Rae_vallavalitsus, lk 169
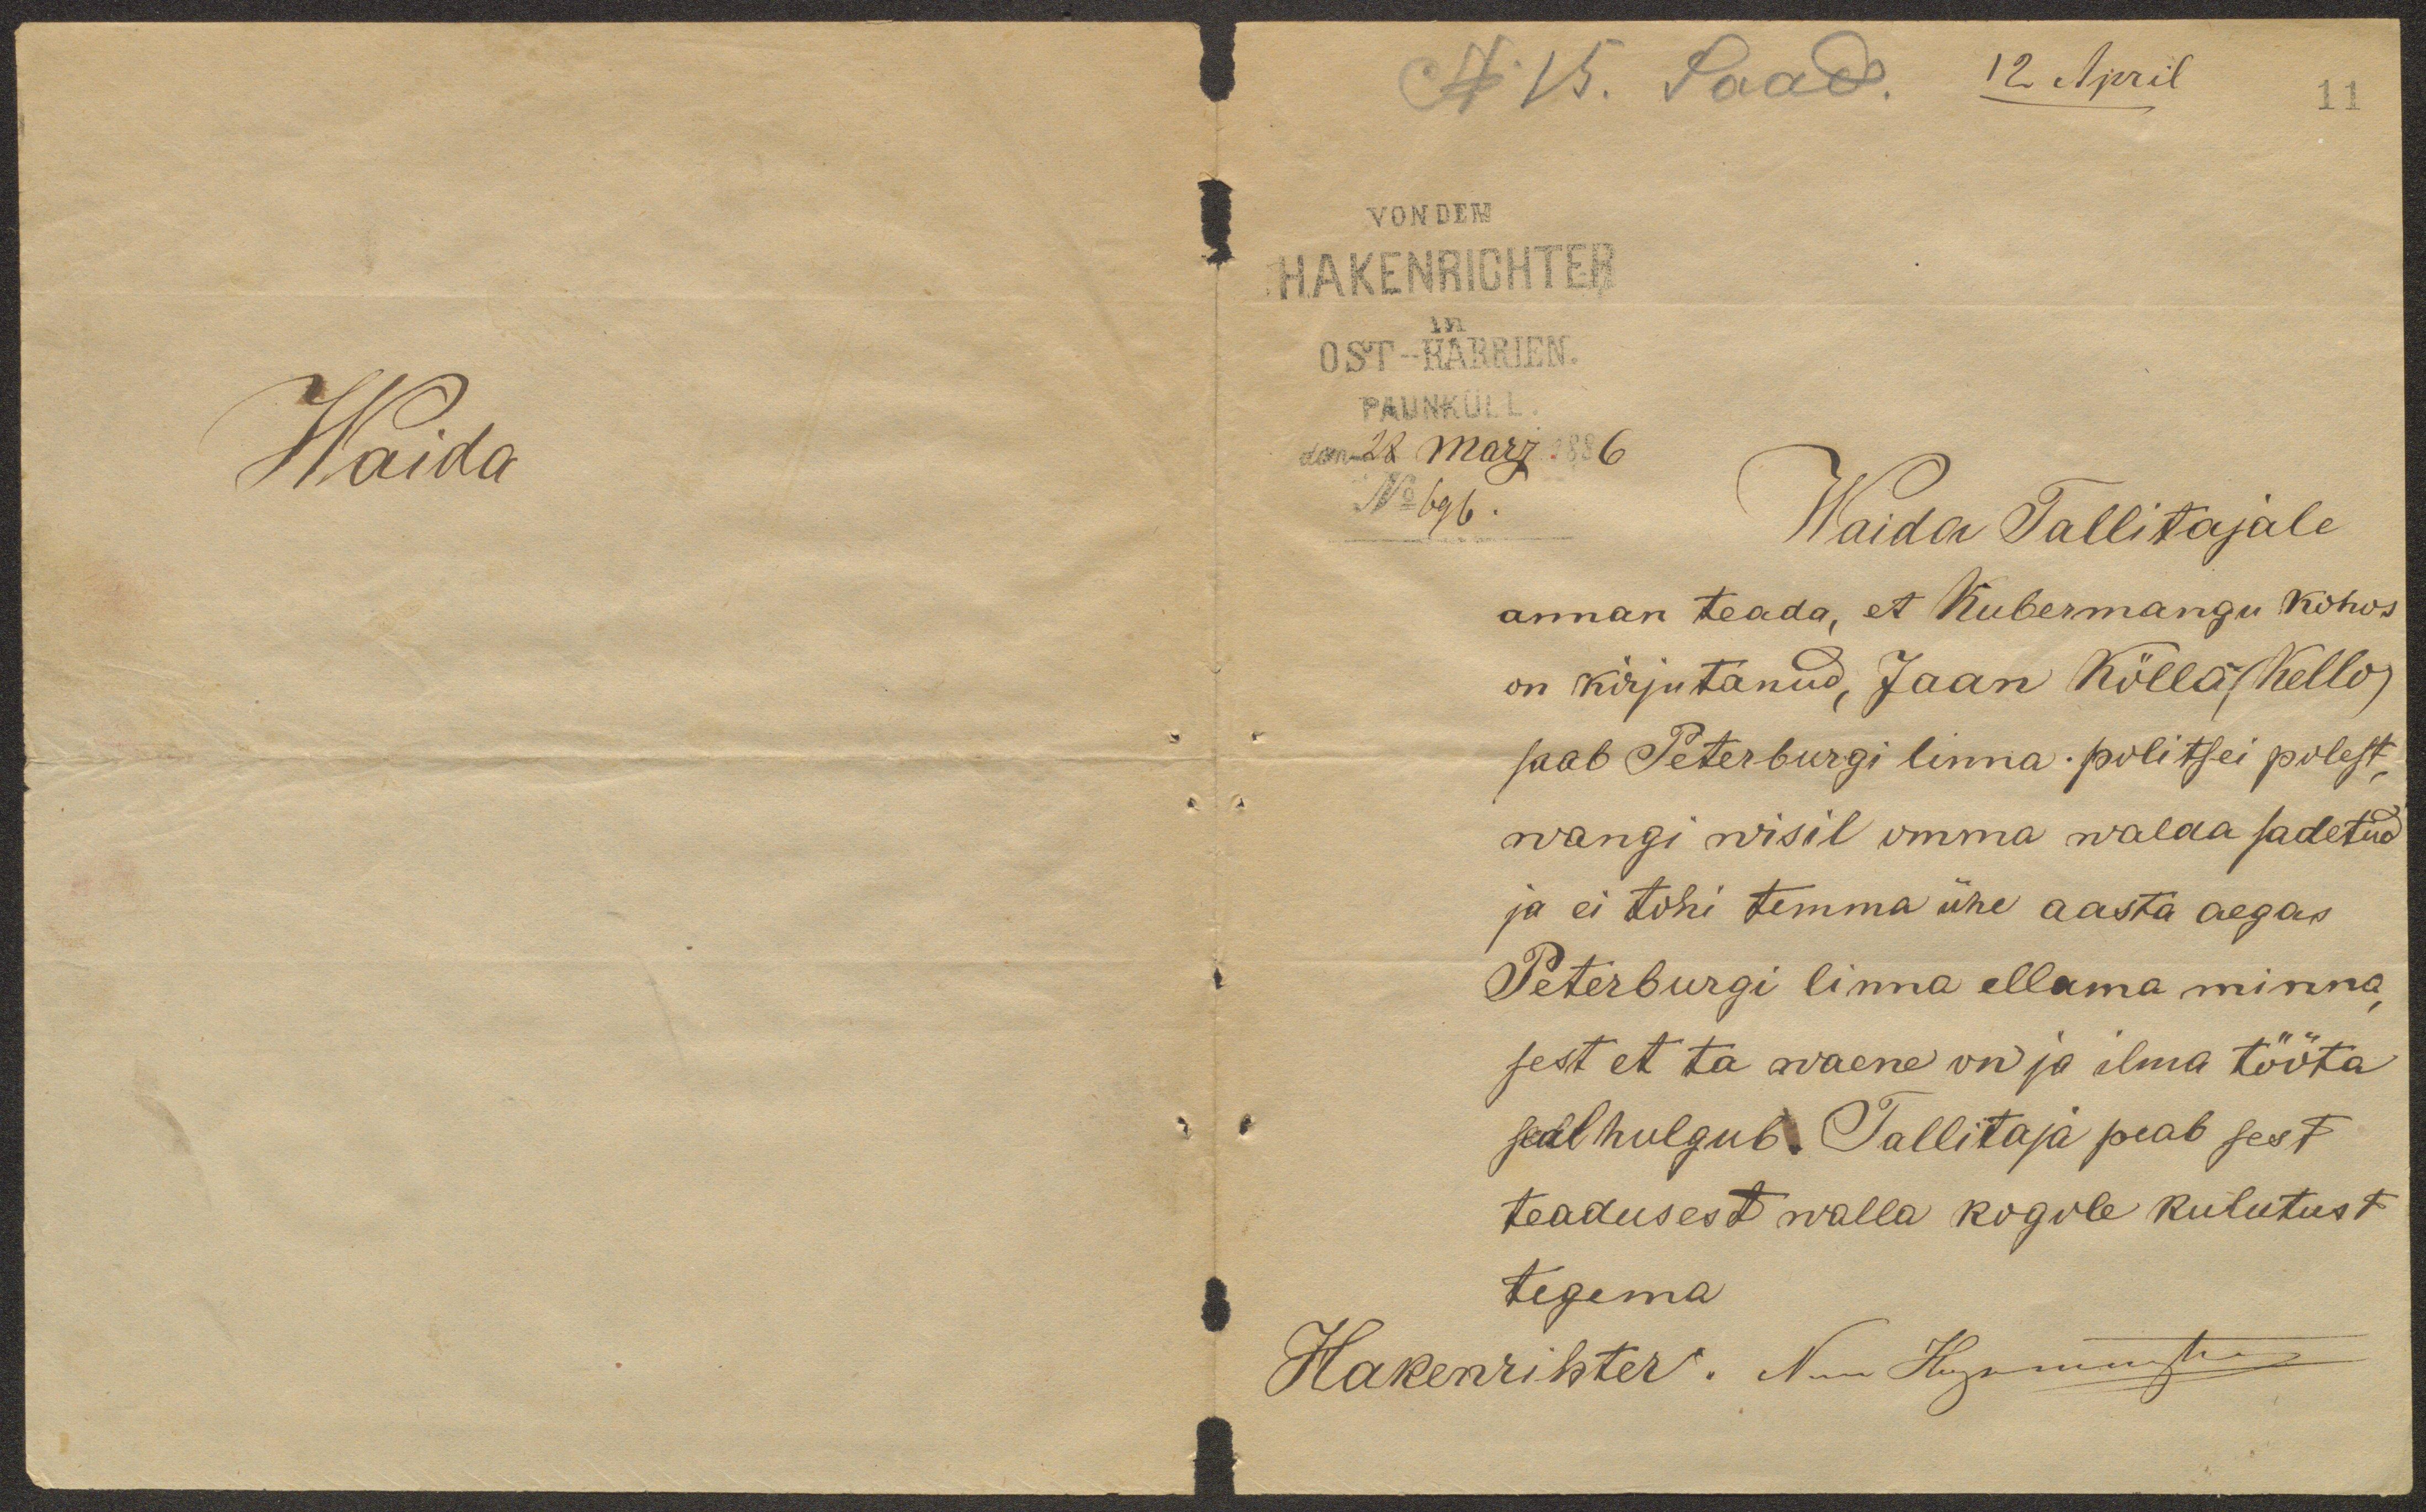
N 15. Saad. 12 April.
11
HAKENRICHTER
OST-HARRIEN.
PAUNKÜLL.
den 28 Marz 1886
No 696.
Waida Tallitajale
annan teada, et Kubermangu kohos
on kirjutanud, Jaan Kölla (Kello)
saab Peterburgi linna-politsei polest,
wangi wisil omma walda sadetud
ja ei tohi temma ühe aasta aegas
Peterburgi linna ellama minna,
sest et ta waene on ja ilma tööta
seal hulgub. Tallitaja peab sest
teadusest walla kogole kulutust
tegema
Hakenrihter.

Waida